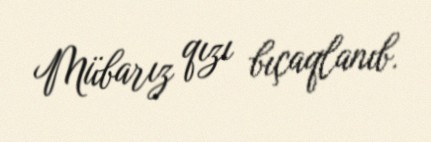
Mübarız qızı bıçaqlanıb.